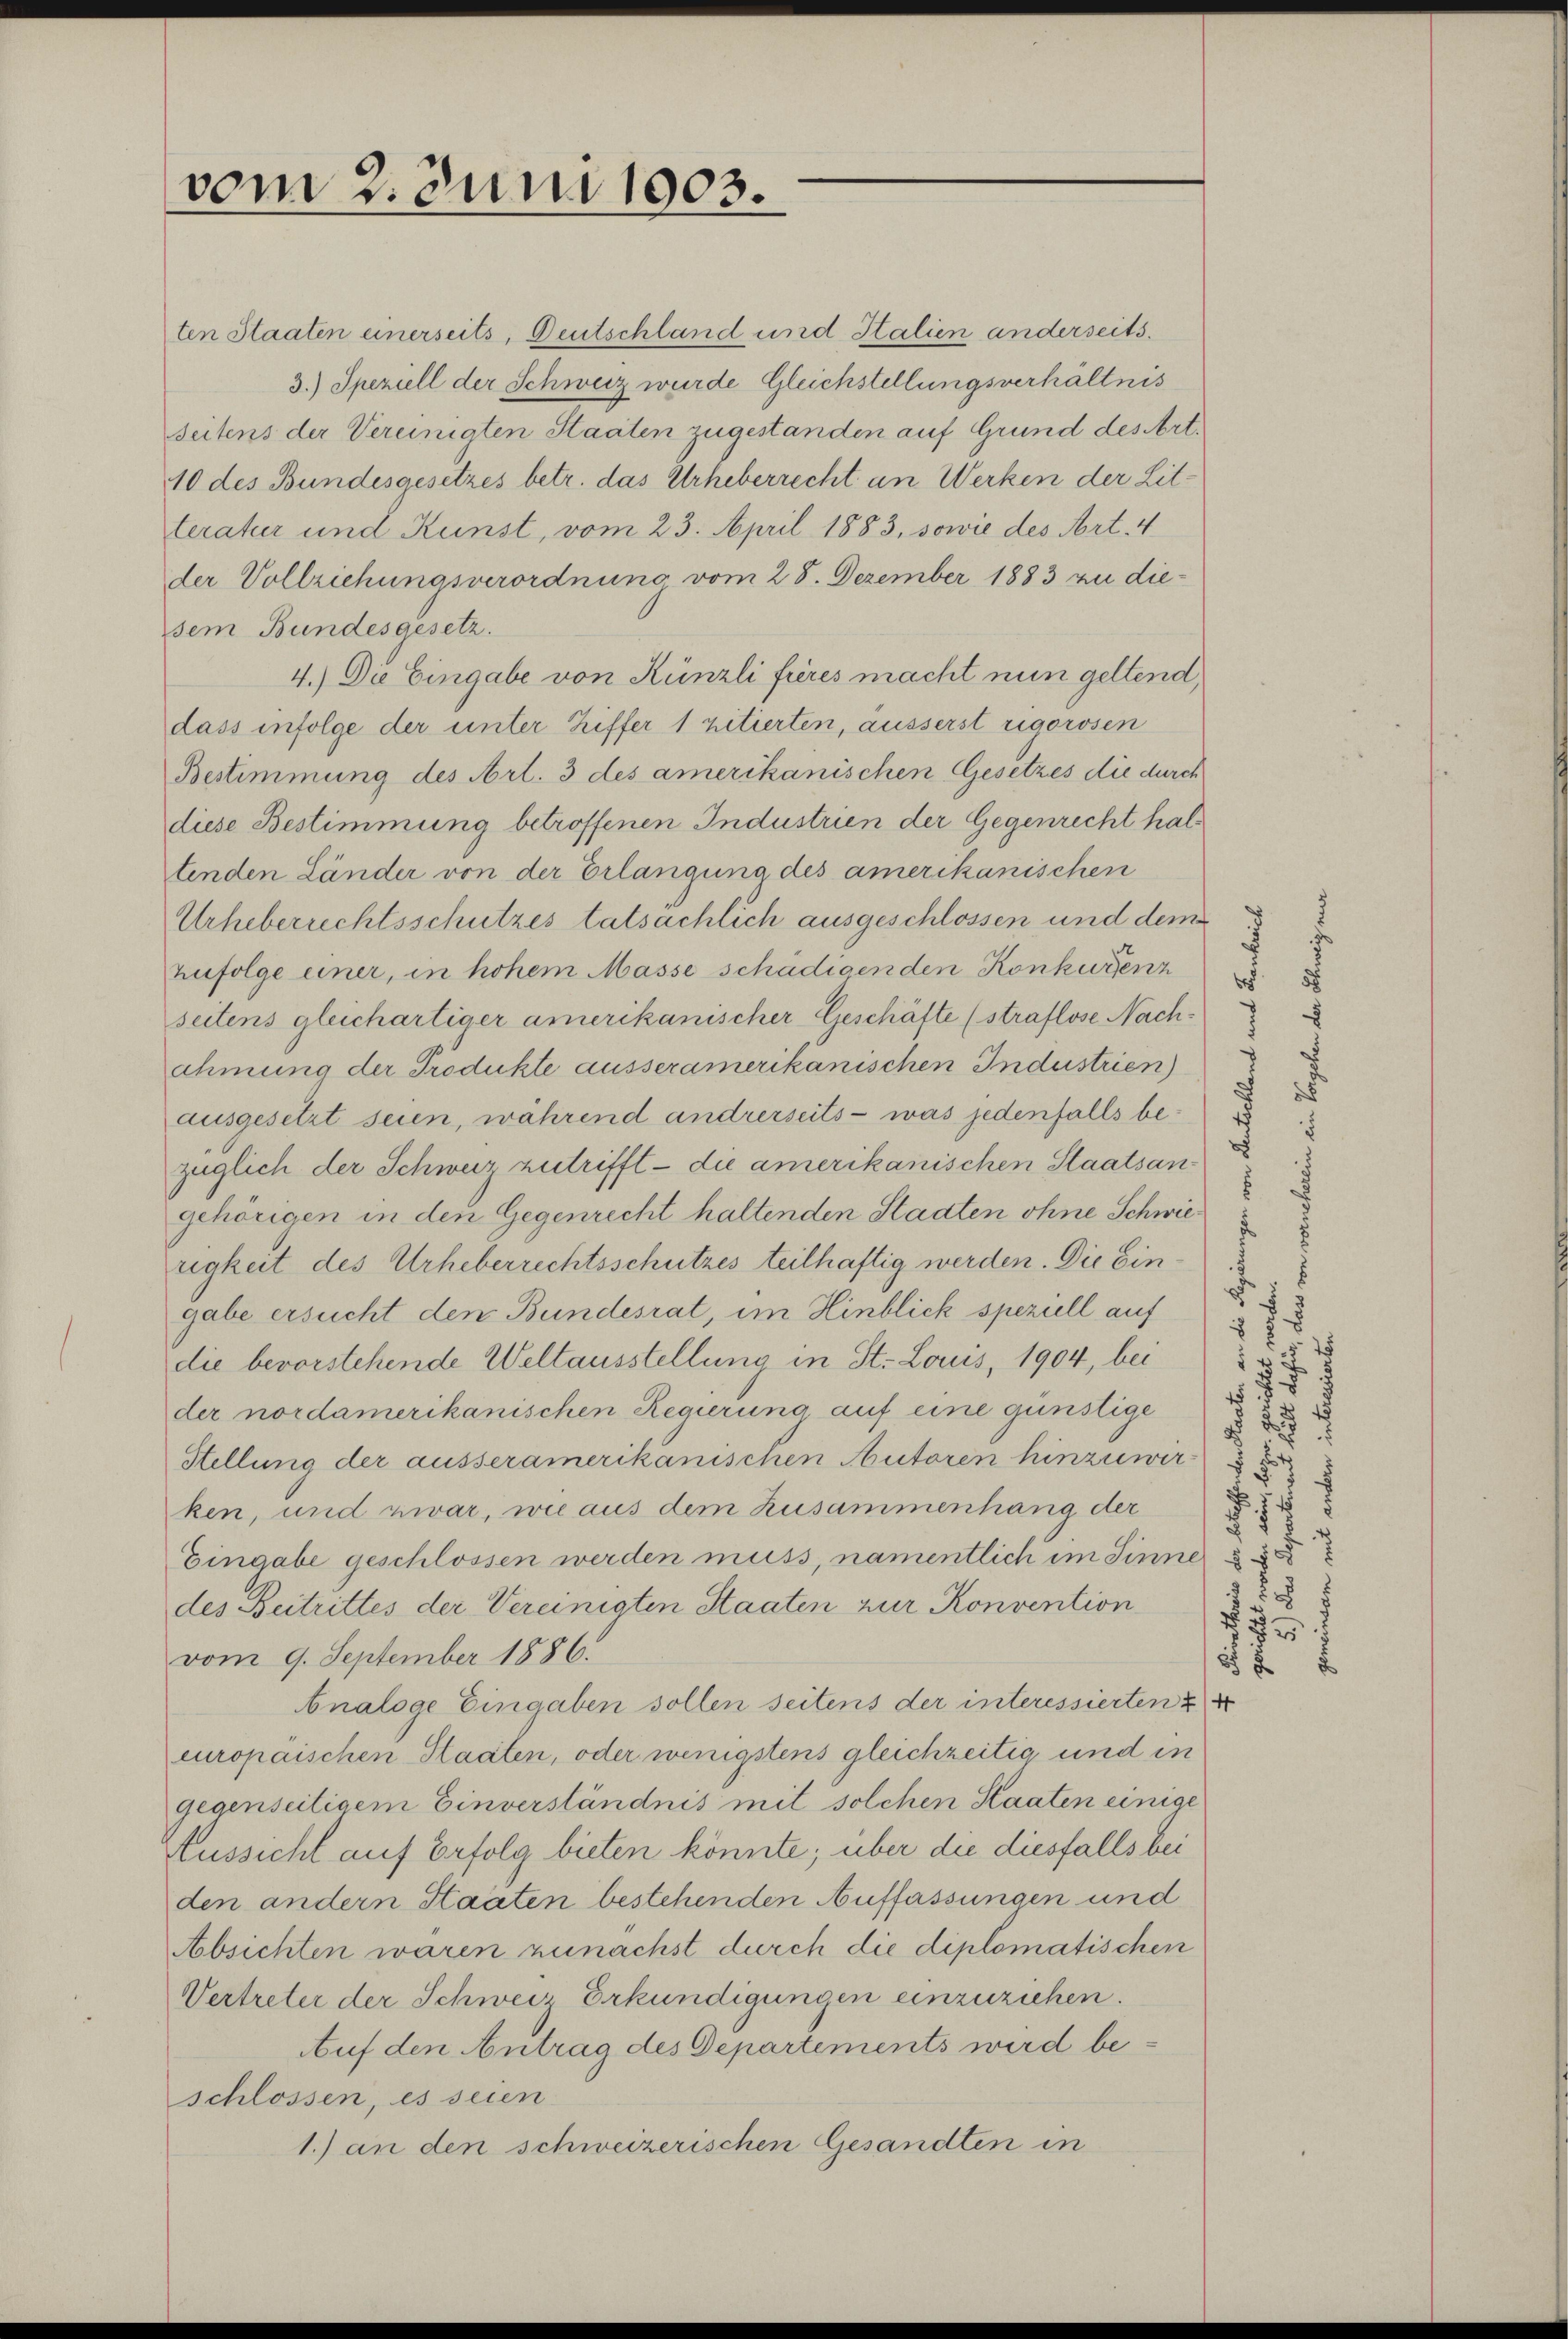
vom 2. Juni 1903.

ten Staaten einerseits, Deutschland und Italien anderseits.
3.) Speziell der Schweiz wurde Gleichstellungsverhältnis
Seitens der Vereinigten Staaten zugestanden auf Grund des Art.
10 des Bundesgesetzes betr. das Urheberrecht an Werken der Litteratur und Kunst, vom 23. April 1883, sowie des Art. 4
der Vollziehungsverordnung vom 28. Dezember 1883 zu diesem Bundesgesetz.
4.) Die Eingabe von Künzli frères macht nun geltend,
dass infolge der unter Ziffer 1 zitierten, äusserst rigorosen
Bestimmung des Art. 3 des amerikanischen Gesetzes die durch
diese Bestimmung betroffenen Industrien der Gegenrecht haltenden Länder von der Erlangung des amerikanischen
Urheberrechtsschutzes tatsächlich ausgeschlossen und dem
Zufolge einer, in hohem Masse schädigenden Konkurenz
seitens gleichartiger amerikanischer Geschäfte (straflose Nachahmung der Produkte ausseramerikanischen Industrien
ausgesetzt seien, während andrerseits - was jedenfalls bezüglich der Schweiz zutrifft - die amerikanischen Staatsangehörigen in den Gegenrecht haltenden Staaten ohne Schwierigkeit des Urheberrechtsschutzes teilhaftig werden. Die Ein
gabe ersucht den Bundesrat, im Hinblick speziell auf
die bevorstehende Weltausstellung in St. Louis, 1904, bei
der nordamerikanischen Regierung auf eine günstige
Stellung der ausseramerikanischen Autoren hinzuwir
ken, und zwar, wie aus dem Zusammenhang der
Eingabe geschlossen werden muss, namentlich im Sinne
des Beitrittes der Vereinigten Staaten zur Konvention
vom 9. September 1886.
Analoge Eingaben sollen seitens der interessierten &
europaischen Staaten, oder wenigstens gleichzeitig und in
gegenseitigem Einverständnis mit solchen Staaten einige
Aussicht auf Erfolg bieten könnte; über die diesfalls bei
den andern Staaten bestehenden Auffassungen und
Absichten waren zunächst durch die diplomatischen
Vertreter der Schweiz Erkundigungen einzuziehen.
Auf den Antrag des Departements wird beschlossen, es seien
1.) an den schweizerischen Gesandten in

75
8 8

15
 f 4 x
 75
15
§ 25
u
2

2.
5
f
.
.
 f 8

58 f

8 8 x